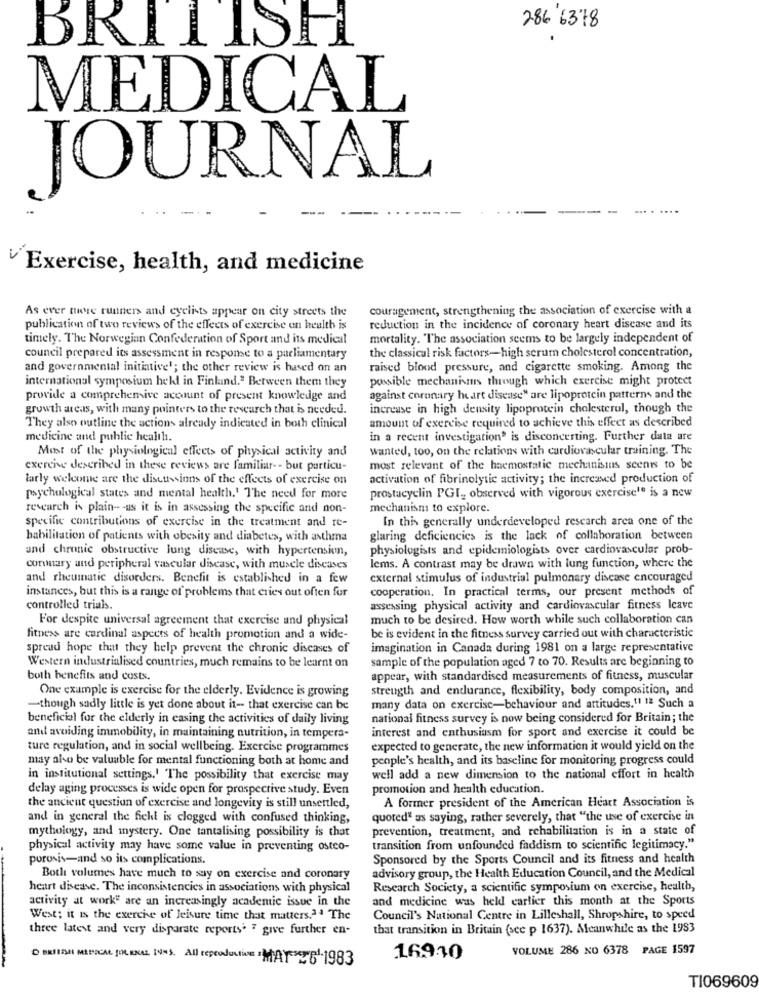
286 6378
BRITISH
MEDICAL
JOURNAL
-
Exercise, health, and medicine
As ever tere runners and eyelists appear on city streets the
couragement, strengthening the association of exercise with a
publication of two reviews of the effects of exercise on health is
reduction in the incidence of coronary heart disease and its
timely. The Norwegian Confederation of Sport and its medical
mortality. "The association seems to be largely independent of
the classical risk factors-high serum cholesterol concentration,
council prepared its assessment in response to a parliamentary
and governmental initiative'; the other review is based on an
raised blood pressure, and cigarette smoking. Among the
international symposium held in Finkind." Between them they
possible mechanismus through which exercise might protect
provide a comprehensive account of present knowledge and
against coronary heart disease" are lipoprotein patterns and the
growth arcas, with many pointers to the research that is needed.
increase in high density lipoprotein cholesterol, though the
amount of exercise required to achieve this effect as described
They also outline the actions already indicated in both clinical
medicine and public health.
in a recent investigation' is disconcerting. Further data are
Most of the physiological effects of physical activity and
wanted, too, on the relations with cardiovascular training. The
exercise described in these reviews are familiar -- but particu-
most relevant of the haemostatic mechanismns seenis to be
larly welcome are the discussions of the effects of exercise on
activation of fibrinolytic activity; the increased production of
psychological states and mental health.' The need for more
prostacyclin PGI, observed with vigorous exercisele is a new
research is plain- - us it is in assessing the specific and non-
mechanism to explore.
specific contributions of exercise in the treatment and re-
In this generally underdeveloped research area one of the
habilitation of patients with obesity and diabetes, with asthma
glaring deficiencies is the lack of collaboration between
and chronic obstructive lung disease, with hypertension,
physiologists and epidemiologists over cardiovascular prob-
conmary and peripheral vascular disease, with muscle diseases
lems. A contrast may be drawn with lung function, where the
and rheumatic disorders. Benefit is established in a few
external stimulus of industrial pulmonary disease encouraged
instances, but this is a range of problems that cries out often for
cooperation. In practical terms, our present methods of
controlled trials.
assessing physical activity and cardiovascular fitness leave
For despite universal agreement that exercise and physical
much to be desired. How worth while such collaboration can
fitness are cardinal aspects of health promotion and a wide-
be is evident in the fitness survey carried out with characteristic
spread hope that they help prevent the chronic diseases of
imagination in Canada during 1981 on a large representative
sample of the population aged 7 to 70. Results are beginning to
Western industrialised countries, much remains to be learnt on
both benefits and costs.
appear, with standardised measurements of fitness, muscular
strength and endurance, flexibility, body composition, and
One example is exercise for the elderly. Evidence is growing
many data on exercise-behaviour and attitudes."1 1ª Such a
-though sadly little is yet done about it- that exercise can be
beneficial for the elderly in easing the activities of daily living
national fitness survey is now being considered for Britain; the
interest and enthusiasm for sport and exercise it could be
and avoiding immobility, in maintaining nutrition, in tempers-
ture regulation, and in social wellbeing. Exercise programmes
expected to generate, the new information it would yield on the
may also be valuable for mental functioning both at home and
people's health, and its baseline for monitoring progress could
in institutional settings,' The possibility that exercise may
well add a new dimension to the national effort in health
delay aging processes is wide open for prospective study. Even
promotion and health education.
A former president of the American Heart Association is
the ancient question of exercise and longevity is still unsettled,
and in general the fichl is clogged with confused thinking,
quoted" as saying, rather severely, that "the use of exercise in
mythology, and mystery. One tantalising possibility is that
prevention, treatment, and rehabilitation is in a state of
physical activity may have some value in preventing osteo-
transition from unfounded faddism to scientific legitimacy."
porosis-and so its complications.
Sponsored by the Sports Council and its fitness and health
advisory group, the Health Education Council, and the Medical
Both volumes have much to say on exercise and coronary
heart disease. The inconsistencies in associations with physical
Research Society, a scientific symposium on exercise, health,
activity at work" are an increasingly academic issue in the
and medicine was held earlier this month at the Sports
West; it is the exerche of leisure time that matters.2 ª The
Council's National Centre in Lilleshall, Shropshire, to speed
three latest and very disparate reports. ? give further en-
that transition in Britain (see p 1637). Meanwhile as the 1983
VOLUME 286 NO 6378 PAGE 1597
BESTEN MEDICAL (OR EXCEL [4%). All reproduction :MAY 26 -1983
16930
TI069609